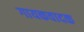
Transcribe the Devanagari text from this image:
गायकवादक